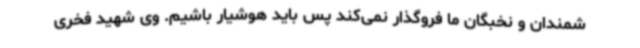
شمندان و نخبگان ما فروگذار نمی‌کند پس باید هوشیار باشیم. وی شهید فخری